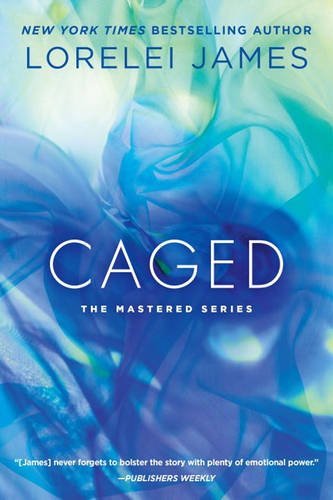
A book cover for Caged: The Mastered Series; Lorelei James; Romance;